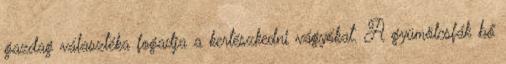
gazdag választéka fogadja a kertészkedni vágyókat. A gyümölcsfák bő